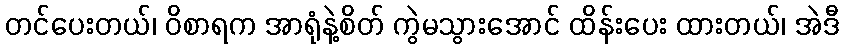
တင်ပေးတယ်၊ ဝိစာရက အာရုံနဲ့စိတ် ကွဲမသွားအောင် ထိန်းပေး ထားတယ်၊ အဲဒီ